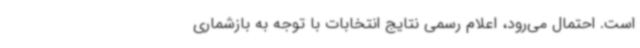
است. احتمال می‌رود، اعلام رسمی نتایج انتخابات با توجه به بازشماری